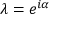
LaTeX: \lambda = e ^ { i \alpha }